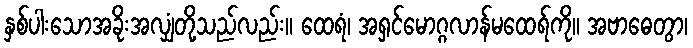
နှစ်ပါးသောအခိုးအလျှံတို့သည်လည်း။ ထေရံ၊ အရှင်မောဂ္ဂလာန်မထေရ်ကို။ အဗာဓေတွာ၊